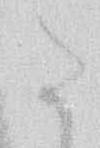
た